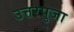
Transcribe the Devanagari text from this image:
उत्तरपुजा